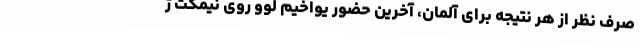
صرف نظر از هر نتیجه برای آلمان، آخرین حضور یواخیم لوو روی نیمکت ژ